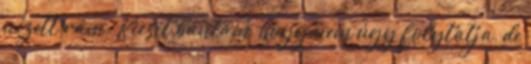
nézett rám. Kicsit bántam, hogy nem úgy folytatja, de